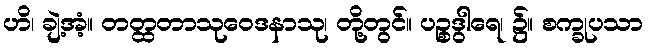
ဟိ၊ ချဲ့အံ့။ တတ္ထတာသုဝေဒနာသု၊ တို့တွင်။ ပဉ္စဒွါရေ၊ ၌။ စက္ခုပသာ